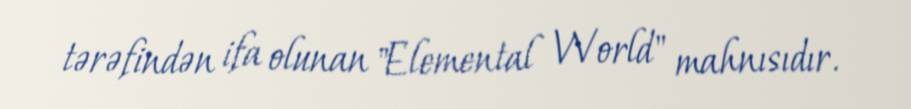
tərəfindən ifa olunan "Elemental World" mahnısıdır.